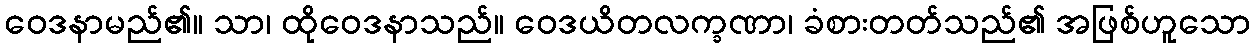
ဝေဒနာမည်၏။ သာ၊ ထိုဝေဒနာသည်။ ဝေဒယိတလက္ခဏာ၊ ခံစားတတ်သည်၏ အဖြစ်ဟူသော